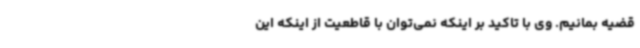
قضیه بمانیم. وی با تاکید بر اینکه نمی‌توان با قاطعیت از اینکه این